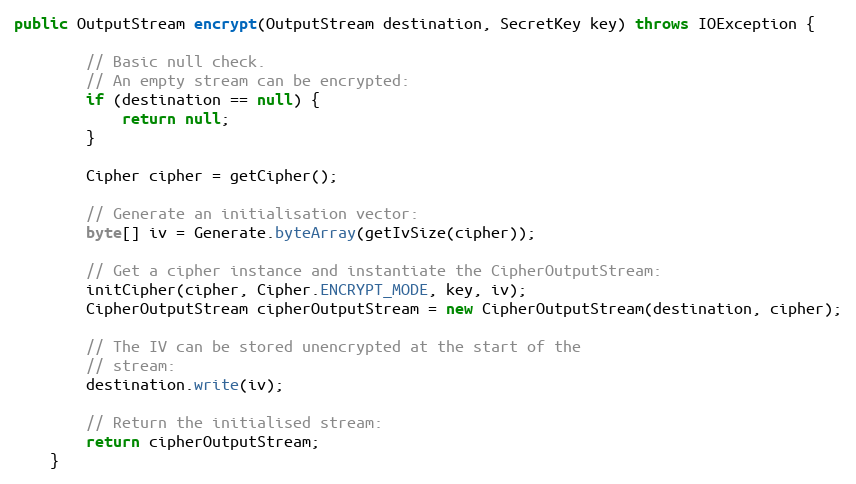
Language: Java
public OutputStream encrypt(OutputStream destination, SecretKey key) throws IOException {

        // Basic null check.
        // An empty stream can be encrypted:
        if (destination == null) {
            return null;
        }

        Cipher cipher = getCipher();

        // Generate an initialisation vector:
        byte[] iv = Generate.byteArray(getIvSize(cipher));

        // Get a cipher instance and instantiate the CipherOutputStream:
        initCipher(cipher, Cipher.ENCRYPT_MODE, key, iv);
        CipherOutputStream cipherOutputStream = new CipherOutputStream(destination, cipher);

        // The IV can be stored unencrypted at the start of the
        // stream:
        destination.write(iv);

        // Return the initialised stream:
        return cipherOutputStream;
    }